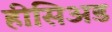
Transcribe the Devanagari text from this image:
हीसिअड